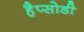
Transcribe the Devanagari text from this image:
हैप्सोडी